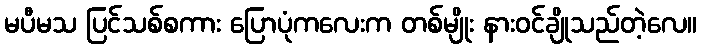
မပီမသ ပြင်သစ်စကား ပြောပုံကလေးက တစ်မျိုး နားဝင်ချိုသည်တဲ့လေ။